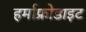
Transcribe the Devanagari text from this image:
हर्माफ्रोडाइट